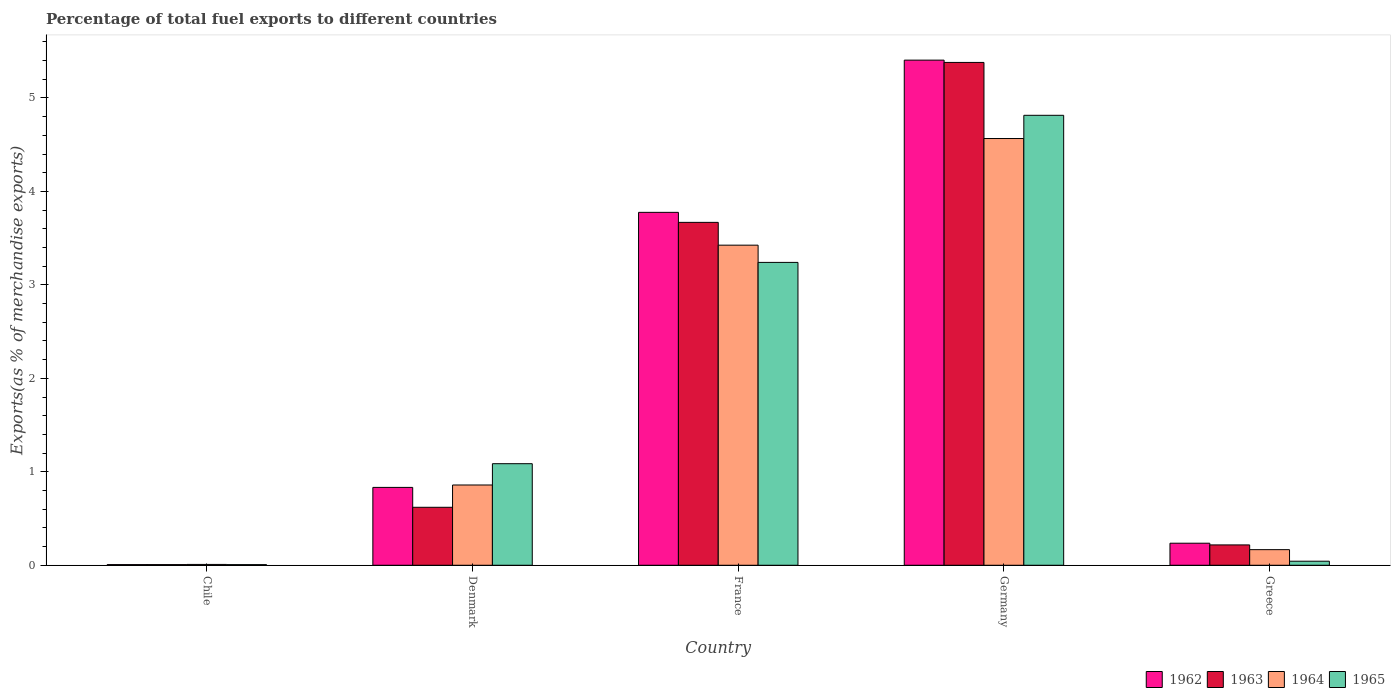
| Country | 1962 | 1963 | 1964 | 1965 |
 | --- | --- | --- | --- | --- |
 | Chile | 0.00701 | 0.00708 | 0.00893 | 0.00676 |
 | Denmark | 0.833 | 0.62 | 0.859 | 1.09 |
 | France | 3.78 | 3.67 | 3.43 | 3.24 |
 | Germany | 5.4 | 5.38 | 4.57 | 4.81 |
 | Greece | 0.236 | 0.218 | 0.167 | 0.0434 |